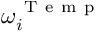
\omega _ { i } ^ { \mathrm { ~ T ~ e ~ m ~ p ~ } }